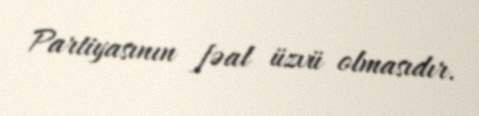
Partiyasının fəal üzvü olmasıdır.